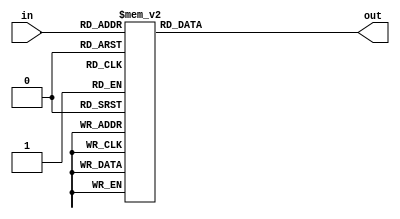
`timescale 1ns/1ns

module ROM(in,out);
	parameter N = 3;
	parameter O = 14; //9999
	
	input [N-1:0] in;
	output reg [O-1:0] out;
	
	always @(in)
	begin
    case (in)
        0: out = 1;
        1: out = 17;
        2: out = 23;
        3: out = 57;
        4: out = 234;
        5: out = 9;
        6: out = 4878;
        7: out = 9999;
        default: out = 9998;
    endcase
	end
endmodule